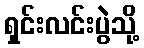
ရှင်းလင်းပွဲသို့